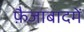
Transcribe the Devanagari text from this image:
फ़ैजाबादमें